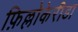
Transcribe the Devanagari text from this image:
फ़िल्लोकेरीडा